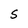
Character: S